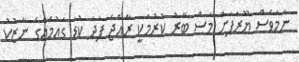
ނަމަވެސް ޔޫރަޕަށް މަސް ބޭރު ކުރުމަކީ ރާއްޖެ ފަދަ ކުޑަ ގައުމެއްގެ ނާޒުކު